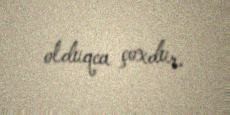
olduqca çoxdur.